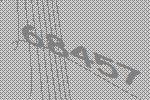
68457